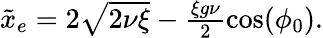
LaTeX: \begin{array}{r}{\tilde{x}_{e}=2\sqrt{2\nu\xi}-\frac{\xi g\nu}{2}\cos(\phi_{0}).}\end{array}